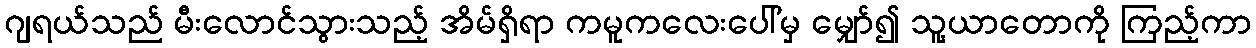
ဂျရယ်သည် မီးလောင်သွားသည့် အိမ်ရှိရာ ကမူကလေးပေါ်မှ မျှော်၍ သူ့ယာတောကို ကြည့်ကာ